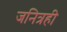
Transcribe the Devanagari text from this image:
जनित्रही